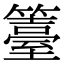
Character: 籉